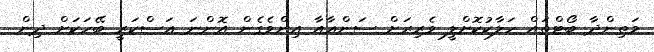
މަތިންދާ ބޯޓްތައް ހަލާކުކޮށްލީ ވެރިރަށް ސަންޢާއާ އިންވެގެން އޮންނަ ޢަސްކަރީ ބޭހަކަށް ދިން